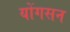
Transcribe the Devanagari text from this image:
योंगसन